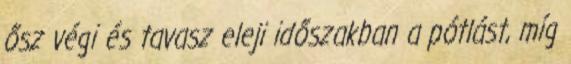
ősz végi és tavasz eleji időszakban a pótlást, míg